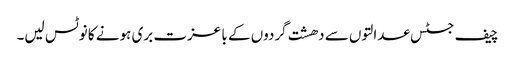
چیف جسٹس عدالتوں سے دھشت گردوں کے با عزت بری ہونے کا نوٹس لیں۔